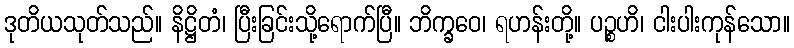
ဒုတိယသုတ်သည်။ နိဋ္ဌိတံ၊ ပြီးခြင်းသို့ရောက်ပြီ။ ဘိက္ခဝေ၊ ရဟန်းတို့။ ပဉ္စဟိ၊ ငါးပါးကုန်သော။